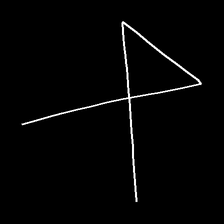
Glyph: collection